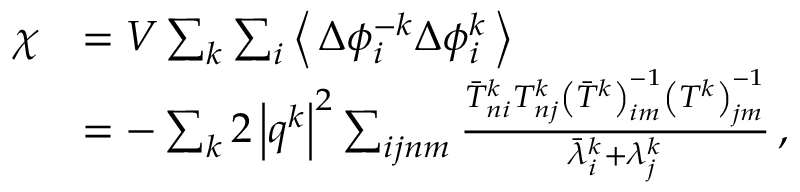
\begin{array} { r l } { \chi } & { = V \sum _ { k } \sum _ { i } \left\langle \, \Delta \phi _ { i } ^ { - k } \Delta \phi _ { i } ^ { k } \, \right\rangle } \\ & { = - \sum _ { k } 2 \left\vert \boldsymbol { q } ^ { k } \right\vert ^ { 2 } \sum _ { i j n m } \frac { \bar { T } _ { n i } ^ { k } T _ { n j } ^ { k } \left( \bar { T } ^ { k } \right) _ { i m } ^ { - 1 } \left( T ^ { k } \right) _ { j m } ^ { - 1 } } { \bar { \lambda } _ { i } ^ { k } + \lambda _ { j } ^ { k } } \, , } \end{array}